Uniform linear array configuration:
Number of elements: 64
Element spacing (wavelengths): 1
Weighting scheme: exponential
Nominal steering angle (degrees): -60
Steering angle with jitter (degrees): -60.718
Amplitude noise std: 0.05
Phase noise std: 0.05

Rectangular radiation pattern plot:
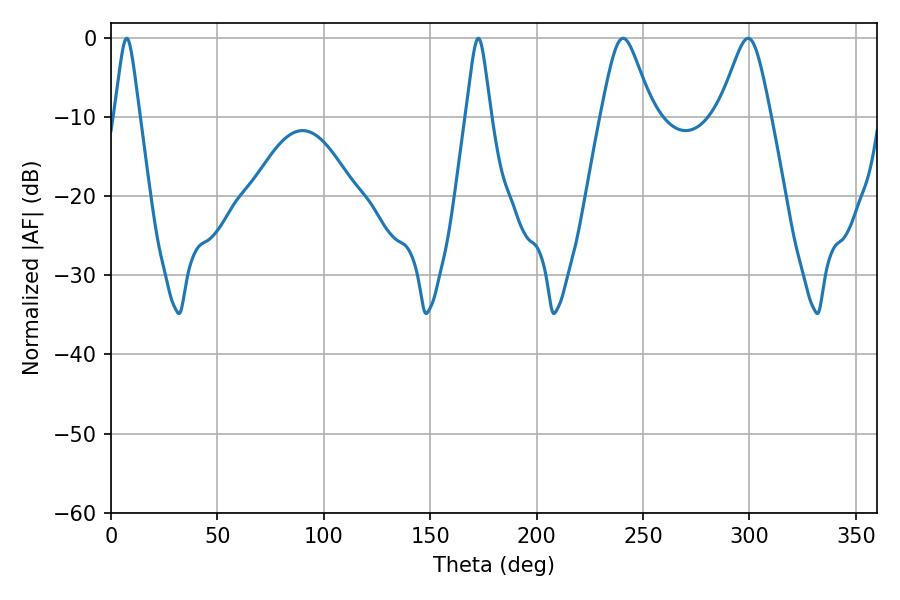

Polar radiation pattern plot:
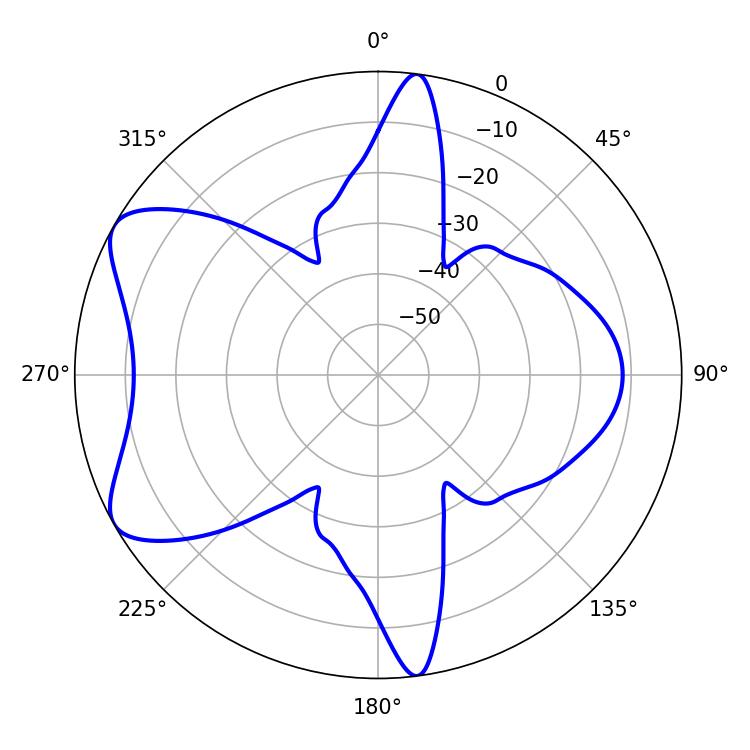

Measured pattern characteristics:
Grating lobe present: TRUE
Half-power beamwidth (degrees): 5.58
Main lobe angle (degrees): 7.38